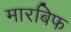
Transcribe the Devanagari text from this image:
मारबिफ